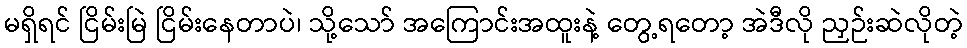
မရှိရင် ငြိမ်းမြဲ ငြိမ်းနေတာပဲ၊ သို့သော် အကြောင်းအထူးနဲ့ တွေ့ရတော့ အဲဒီလို ညှဉ်းဆဲလိုတဲ့